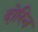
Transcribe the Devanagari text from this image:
दोरिन